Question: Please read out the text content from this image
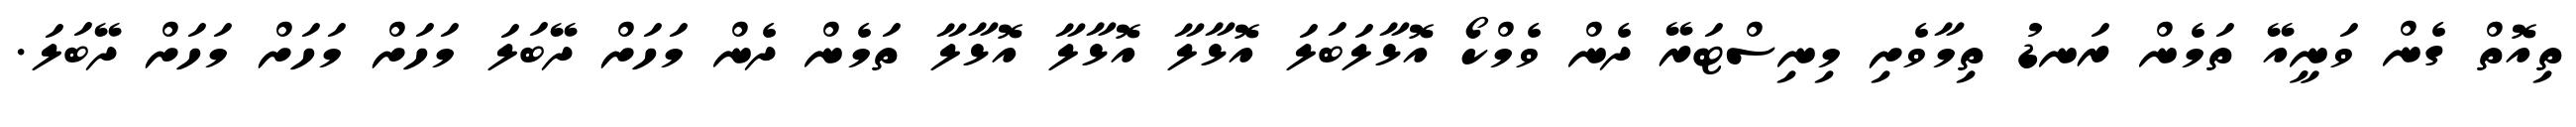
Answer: ތިއޮތް ގެން ވަނީއޭ ތަމެން ރަނޑު ތިމާވެށި މިނިސްޓަރޭ ދެން ވެމްކޯ އޮޅާލަބަލަ އޮޅާލާ އޮޅާލާ އޮޅާލާ ތަމެން ދެން މަހަށް ދޭބަލަ މަހަށް މަހަށް މަހަށް ދޭބަލަ.